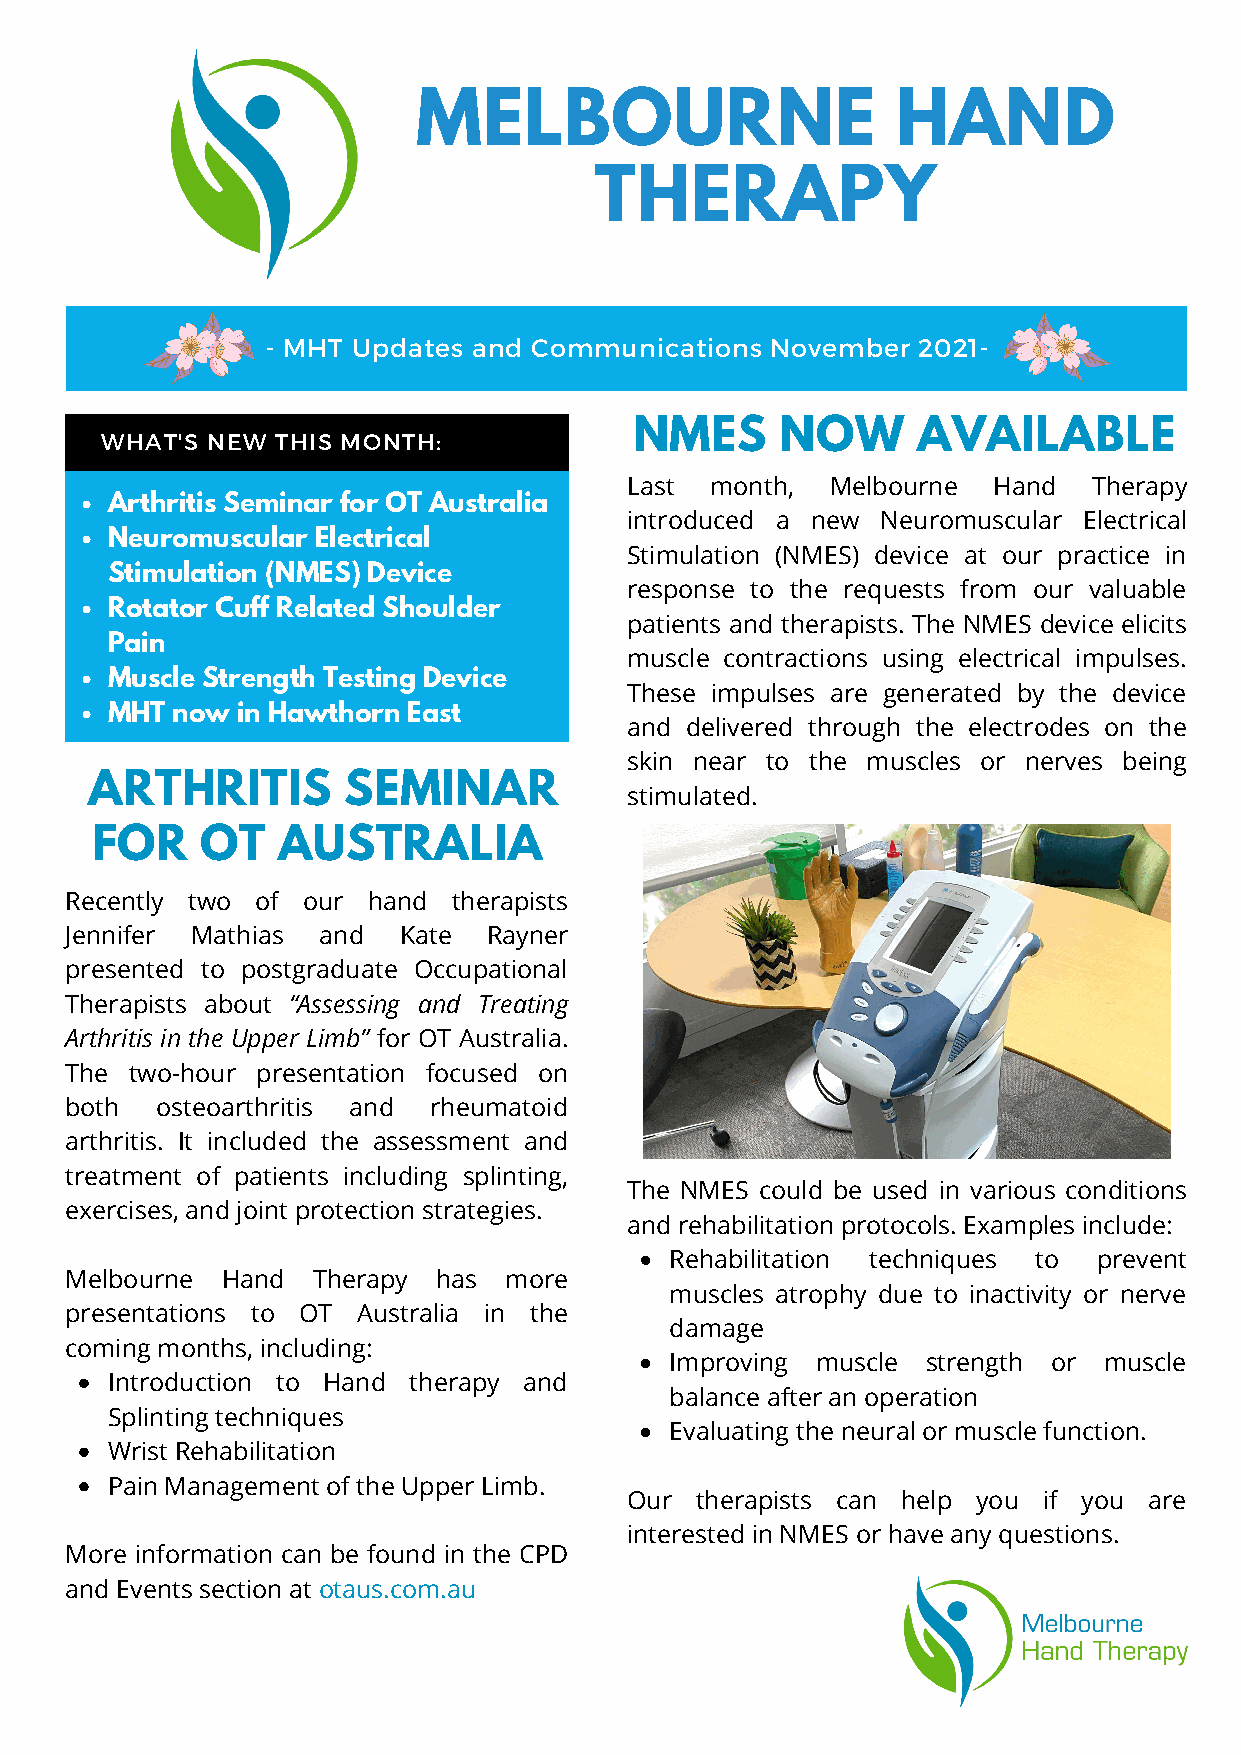
MELBOURNE                      HAND
 THERAPY
 - MHT Updates and Communications November  2021-
 Australasian Sonographers             NMES      NOW      AVAILABLE
 WHAT'S NEW THIS MONTH:
 AsHAsaouncsditar Ttaiholaenrs Caiaponyn S fAeorwneoangrcereanpeshse Wrseek
 Last  month,  Melbourne  Hand  Therapy
 FrSoAtzaAsesfrnfot ChcSiraahitttociisuoh lSn-dUe Cepmrosinnfaerr efonrc eOT Australia
 introduced a new Neuromuscular Electrical
 StOaFsfrNfto eeCzouhearnaor ntSmhghrueoisstuicslud oleafr rt hEele tchtruimcabl
 Stimulation (NMES) device at our practice in
 HaCSnoStdcatk iftmtfha Ceuirlhl aaMatpnaioygs nteae sn(rNdclM aWEssoS u)E vnDeden vCticaere
 response to the requests from our valuable
 WHRealonctodam tthoeer N rCaeupwfyf TRaheneldar atWepdois uStsnhdo uCldaerer
 patients and therapists. The NMES device elicits
 Pain
 muscle contractions using electrical impulses.
 Muscle Strength Testing Device
 These impulses are generated by the device
 MHT now  in Hawthorn East
 and delivered through the electrodes on the
 skin near to the muscles or nerves being
 ARTHRITIS        SEMINAR
 stimulated.
 FOR    OT   AUSTRALIA
 Recently two of our hand  therapists
 Jennifer Mathias and  Kate  Rayner
 presented to postgraduate Occupational
 Therapists about “Assessing and Treating
 Arthritis in the Upper Limb” for OT Australia.
 The  two-hour presentation focused on
 both  osteoarthritis and rheumatoid
 arthritis. It included the assessment and
 treatment of patients including splinting,
 The NMES could be used in various conditions
 exercises, and joint protection strategies.
 and rehabilitation protocols. Examples include:
 Rehabilitation techniques to prevent
 Melbourne  Hand  Therapy has more
 muscles atrophy due to inactivity or nerve
 presentations to OT Australia in the
 damage
 coming months, including:
 Improving muscle strength or muscle
 Introduction to Hand therapy and
 balance after an operation
 Splinting techniques
 Evaluating the neural or muscle function.
 Wrist Rehabilitation
 Pain Management of the Upper Limb.
 Our  therapists can help you if you are
 interested in NMES or have any questions.
 More information can be found in the CPD
 and Events section at otaus.com.au